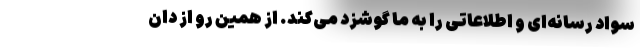
سواد رسانه‌ای و اطلاعاتی را به ما گوشزد می‌کند. از همین رو از دان